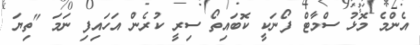
އެންމެ މޮޅު ސްމާޓް ފޯނަކީ ކޮބައިތޯ ސިރީ ކުރެން އަހައިފި ނަމަ "ތިޔަ